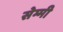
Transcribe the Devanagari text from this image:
सेम्मी